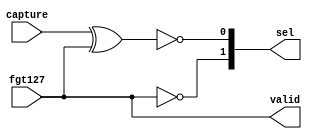
module controller (
  input capture, fgt127,
  output [1:0] sel,
  output valid
);

  assign sel[1] = ~fgt127;
  assign sel[0] = ~( capture ^ fgt127 );
  assign valid = fgt127;

endmodule